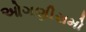
ઓગણીસમો